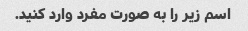
اسم زیر را به صورت مفرد وارد کنید.